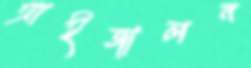
আইজালন